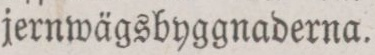
jernwägsbyggnaderna.